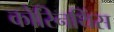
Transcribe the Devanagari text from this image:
कोरिनथिंस